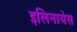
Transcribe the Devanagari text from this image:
इलिनायेस